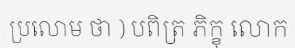
ប្រលោម ថា ) បពិត្រ ភិក្ខុ លោក